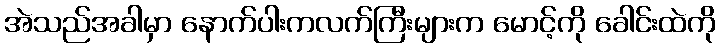
အဲသည်အခါမှာ နောက်ပါးကလက်ကြီးများက မောင့်ကို ခေါင်းထဲကို